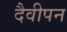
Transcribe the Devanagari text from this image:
दैवीपन